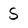
Character: s